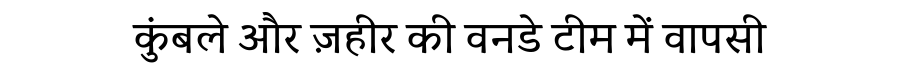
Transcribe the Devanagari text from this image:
कुंबले और ज़हीर की वनडे टीम में वापसी